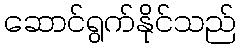
ဆောင်ရွက်နိုင်သည်